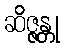
ဆိဇ္ဇန္တု